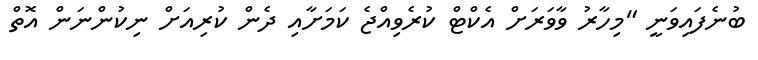
ބުނެފައިވަނީ "މިހާރު ވާވަރަށް އެކްޓް ކުރެވިއްޖެ ކަމަށާއި ދެން ކުރިއަށް ނިކުންނަން އޮތް